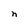
Character: n